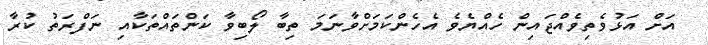
އަށް އަޅުވެތިވެއްޖައިން ހެއްޔެވެ އެހެންކަމަށްވާނަމަ ތިބާ ލޯބިވާ ކަންތައްތަކާއި ނަފްރަތު ކުރާ